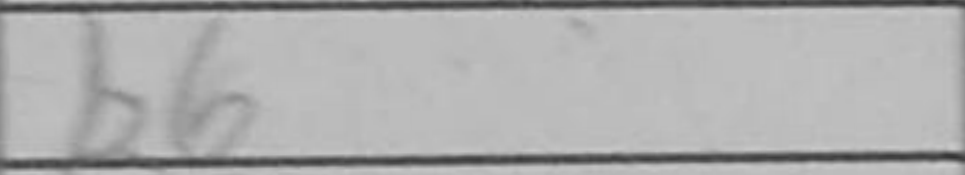
Transcription: b6